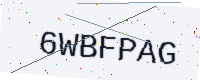
Text: 6WBFPAG